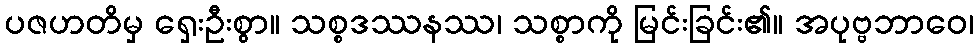
ပဇဟတိမှ ရှေးဦးစွာ။ သစ္စဒဿနဿ၊ သစ္စာကို မြင်းခြင်း၏။ အပုဗ္ဗဘာဝေ၊